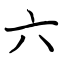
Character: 六